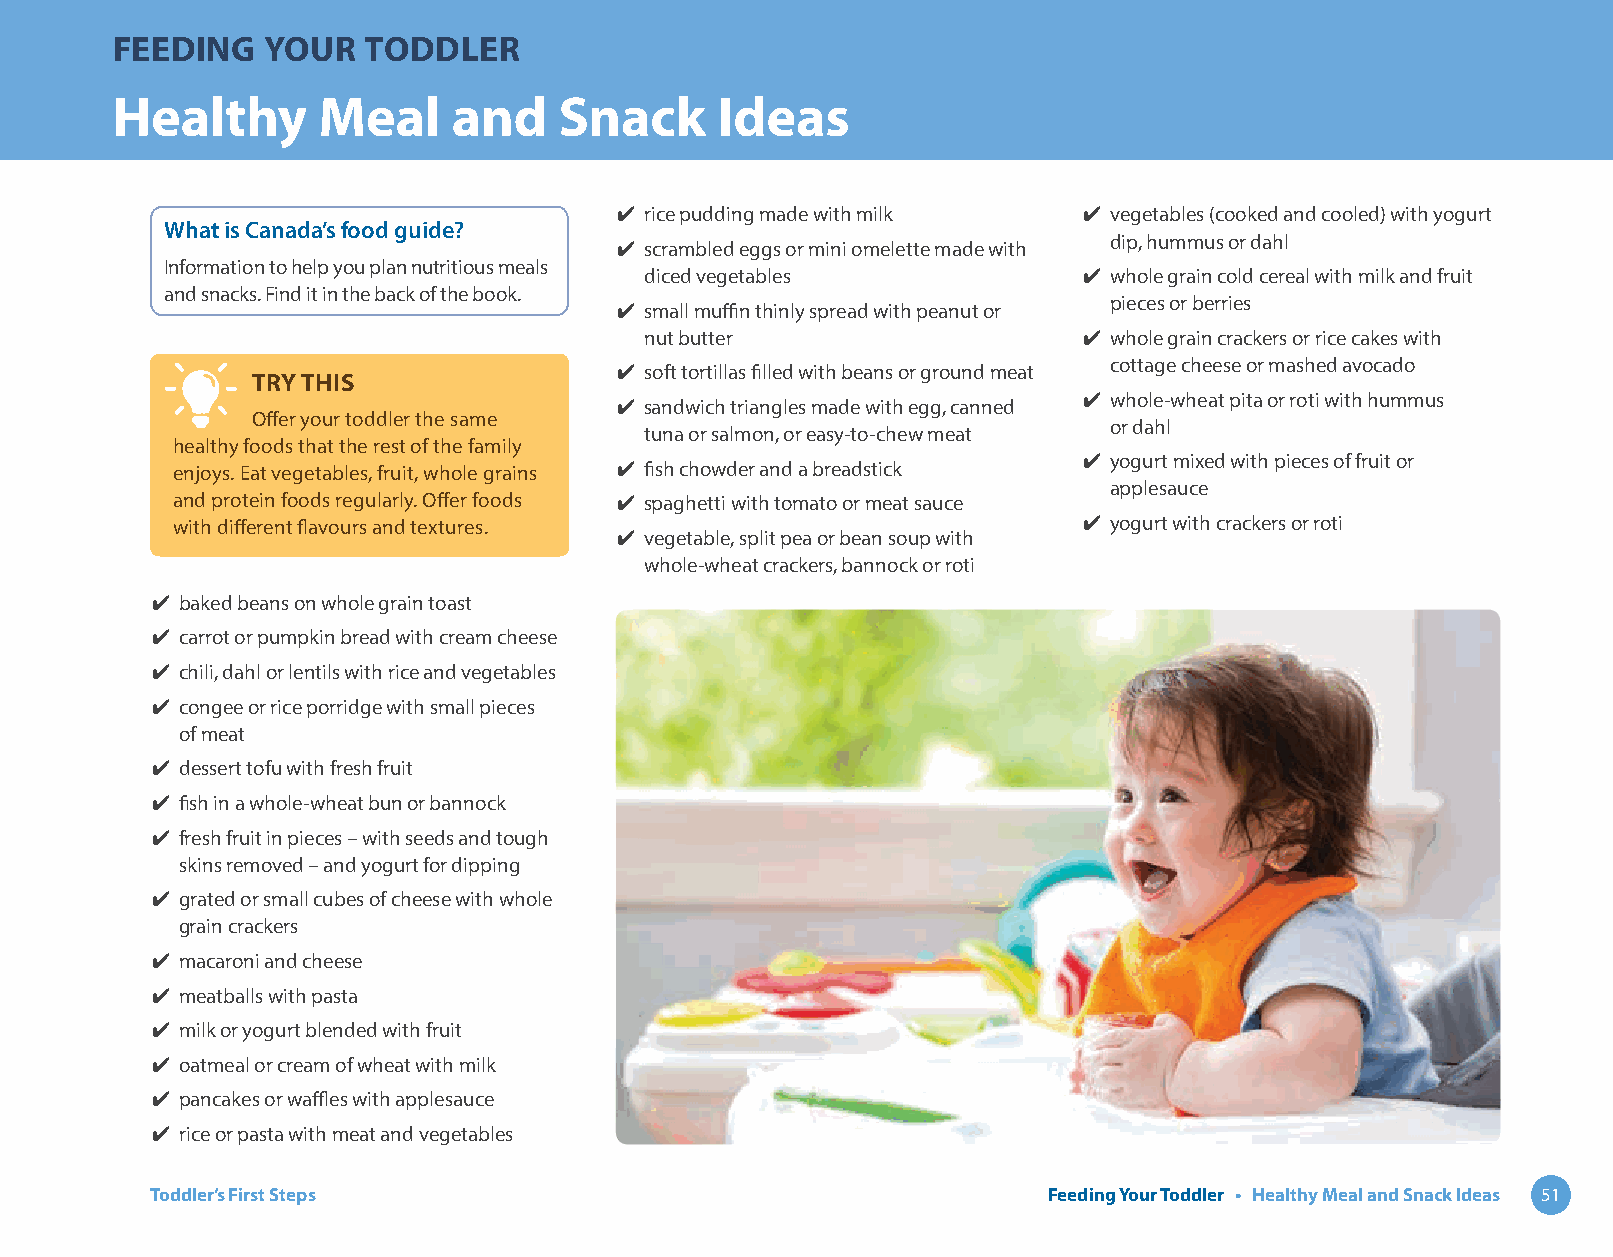
FEEDING    YOUR  TODDLER
 Healthy       Meal     and    Snack      Ideas
 ✔ rice pudding made with milk  ✔ vegetables (cooked and cooled) with yogurt
 What is Canada’s food guide?
 ✔ scrambled eggs or mini omelette made with dip, hummus or dahl
 Information to help you plan nutritious meals
 diced vegetables             ✔ whole grain cold cereal with milk and fruit
 and snacks. Find it in the back of the book.
 ✔ small muffin thinly spread with peanut or pieces or berries
 nut butter                   ✔ whole grain crackers or rice cakes with
 ✔ soft tortillas filled with beans or ground meat cottage cheese or mashed avocado
 TRY THIS
 ✔ sandwich triangles made with egg, canned ✔ whole-wheat pita or roti with hummus
 Offer your toddler the same
 or dahl
 tuna or salmon, or easy-to-chew meat
 healthy foods that the rest of the family
 enjoys. Eat vegetables, fruit, whole grains ✔ fish chowder and a breadstick ✔ yogurt mixed with pieces of fruit or
 applesauce
 and protein foods regularly. Offer foods ✔ spaghetti with tomato or meat sauce
 with different flavours and textures.                        ✔ yogurt with crackers or roti
 ✔ vegetable, split pea or bean soup with
 whole-wheat crackers, bannock or roti
 ✔ baked beans on whole grain toast
 ✔ carrot or pumpkin bread with cream cheese
 ✔ chili, dahl or lentils with rice and vegetables
 ✔ congee or rice porridge with small pieces
 of meat
 ✔ dessert tofu with fresh fruit
 ✔ fish in a whole-wheat bun or bannock
 ✔ fresh fruit in pieces – with seeds and tough
 skins removed – and yogurt for dipping
 ✔ grated or small cubes of cheese with whole
 grain crackers
 ✔ macaroni and cheese
 ✔ meatballs with pasta
 ✔ milk or yogurt blended with fruit
 ✔ oatmeal or cream of wheat with milk
 ✔ pancakes or waffles with applesauce
 ✔ rice or pasta with meat and vegetables
 Toddler’s First Steps                                      Feeding Your Toddler • Healthy Meal and Snack Ideas 51